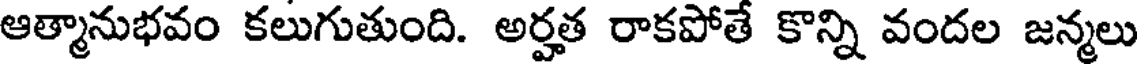
ఆత్మానుభవం కలుగుతుంది. అర్హత రాకపోతే కొన్ని వందల జన్మలు